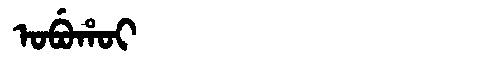
Manchu: ᠣᠪᡠᡥᠣᡳ
Romanization: OBUHOI